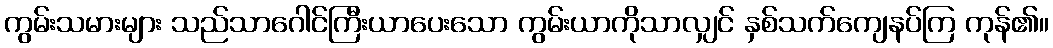
ကွမ်းသမားများ သည်သာဂေါင်ကြီးယာပေးသော ကွမ်းယာကိုသာလျှင် နှစ်သက်ကျေနပ်ကြ ကုန်၏။